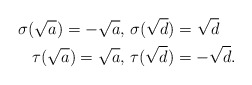
\begin{align*} \sigma(\sqrt{a})=-\sqrt{a},\ &\sigma(\sqrt{d})=\sqrt{d}\\ \tau(\sqrt{a})=\sqrt{a},\ &\tau(\sqrt{d})=-\sqrt{d}.\end{align*}